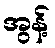
အွန့်